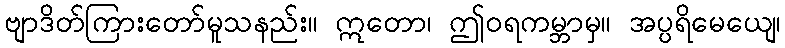
ဗျာဒိတ်ကြားတော်မူသနည်း။ ဣတော၊ ဤဝရကမ္ဘာမှ။ အပ္ပရိမေယျေ၊